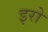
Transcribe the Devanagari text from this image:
इरो